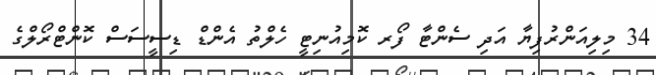
34 މިލިއަންރުފިޔާ އަދި ސެންޓާ ފޯރ ކޮމިއުނިޓީ ހެލްތު އެންޑް ޑިސީސަސް ކޮންޓްރޯލްގެ